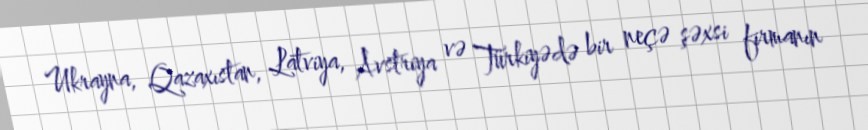
Ukrayna, Qazaxıstan, Latviya, Avstriya və Türkiyədə bir neçə şəxsi firmanın